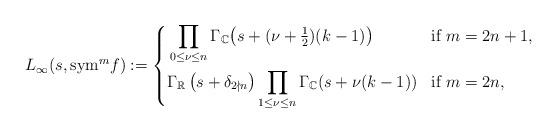
LaTeX: \begin{align*}L_\infty(s,{\rm sym}^mf):=\left\{\begin{aligned}&\prod_{0\le \nu\le n} \Gamma_{\mathbb{C}}\big(s+(\nu+\tfrac{1}{2})(k-1)\big) &&\mbox{if $m=2n+1$},\\&\Gamma_{\mathbb{R}}\left(s+\delta_{2\nmid n}\right)\prod_{1\le \nu\le n} \Gamma_{\mathbb{C}}(s+\nu(k-1)) &&\mbox{if $m=2n$},\end{aligned}\right.\end{align*}